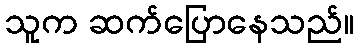
သူက ဆက်ပြောနေသည်။